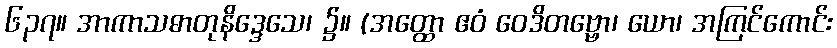
၆၃၇။ အာကာသဓာတုနိဒ္ဒေသေ၊ ၌။ (အတ္ထော ဧဝံ ဝေဒိတဗ္ဗော၊ ယော၊ အကြင်ကောင်း